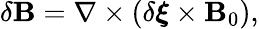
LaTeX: \begin{array}{r}{\delta\mathbf{B}=\nabla\times\left(\delta\boldsymbol{\xi}\times\mathbf{B}_{0}\right),}\end{array}